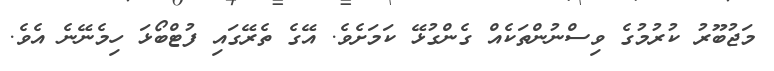
މަޖުބޫރު ކުރުމުގެ ވިސްނުންތަކެއް ގެންގުޅޭ ކަމަށެވެ. އޭގެ ތެރޭގައި ފުޓްބޯޅަ ހިމެނޭނެ އެވެ.